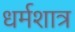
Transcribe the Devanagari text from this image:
धर्मशात्र